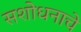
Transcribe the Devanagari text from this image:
सशोधनाचे